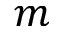
m